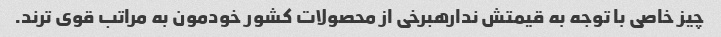
چیز خاصی با توجه به قیمتش ندارهبرخی از محصولات کشور خودمون به مراتب قوی ترند.